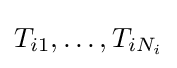
T_{i1},\ldots ,T_{iN_{i}}